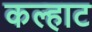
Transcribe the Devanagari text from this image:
कल्हाट